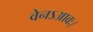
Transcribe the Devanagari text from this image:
वेनऽआवः।